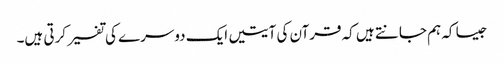
جیسا کہ ہم جانتے ہیں کہ قرآن کی آیتیں ایک دوسرے کی تفسیر کرتی ہیں۔